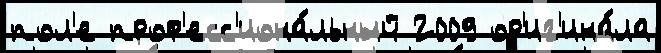
пол'е проф'есс'иона́льный 2009 ор'иг'ина́ла